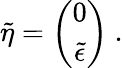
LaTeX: \tilde{\eta}=\left(\begin{array}{c}{{0}}\\ {{\tilde{\epsilon}}}\end{array}\right)~.